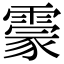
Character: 霥